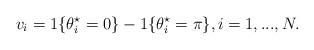
LaTeX: \begin{align*} v_i = 1\{\theta_i^\star=0\} - 1\{\theta_i^\star = \pi \}, i=1,...,N.\end{align*}